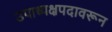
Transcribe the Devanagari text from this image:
उपाध्यक्षपदावरून